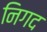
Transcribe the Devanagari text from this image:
निगद